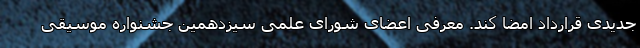
جدیدی قرارداد امضا کند. معرفی اعضای شورای علمی سیزدهمین جشنواره موسیقی